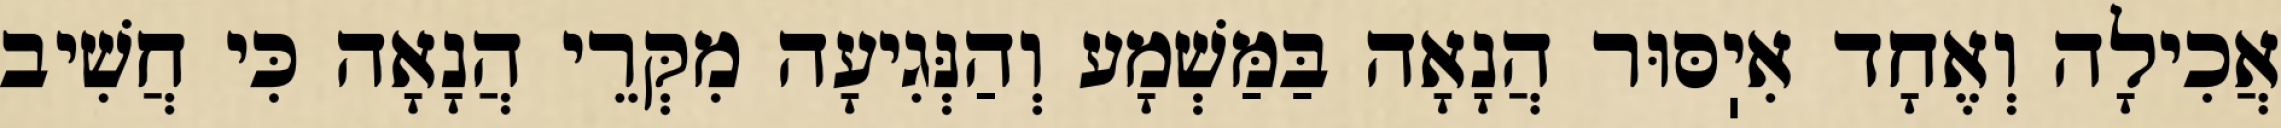
אֲכִילָה וְאֶחָד אִיֽסּוּר הֲנָאָה בַּמַּשְׁמָע וְהַנְּגִיעָה מִקְּרֵי הֲנָאָה כִּי חֲשִׁיב